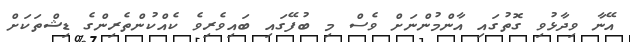
އޭނާ ވިދާޅުވި ގޮތުގައި އާންމުންނަށް ވެސް މި ބުފޭގައި ބައިވެރިވެ ކެއްކުންތެރިންގެ ޑިޝްތަކަށް